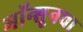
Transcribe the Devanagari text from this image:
मॉन्सूनचा